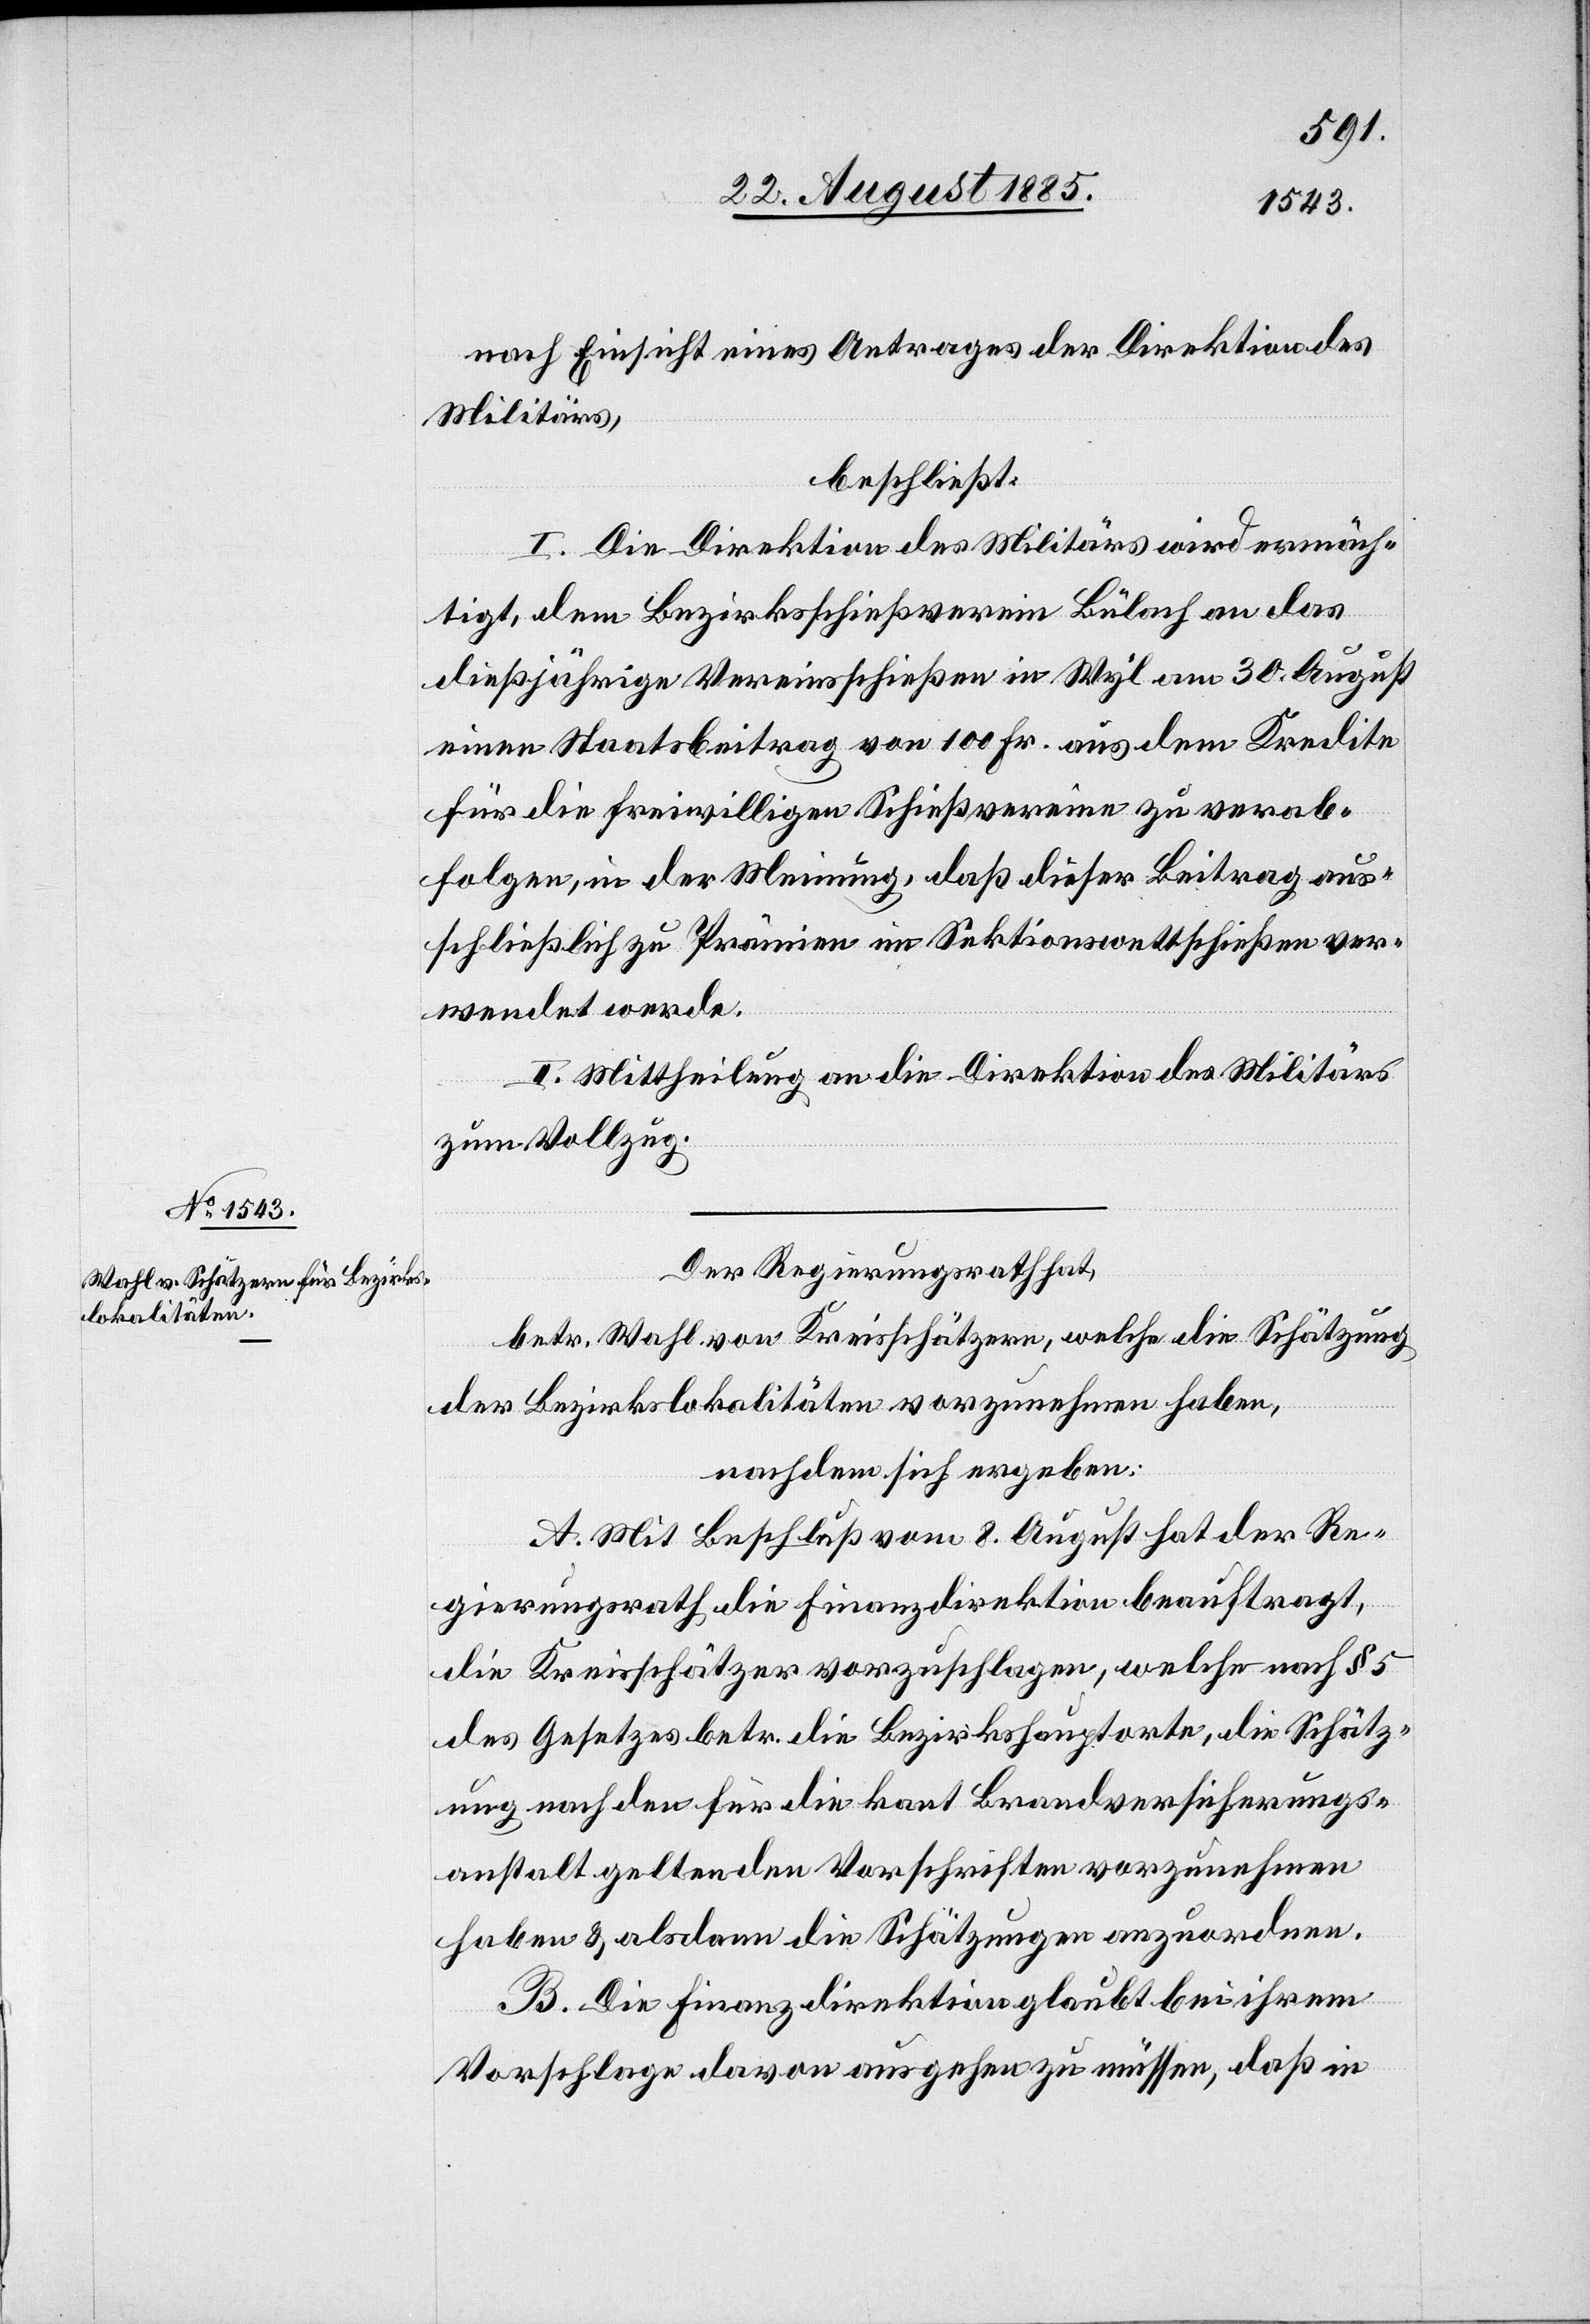
nach Einsicht eines Antrages der Direktion des
Militärs,
beschließt:
I. Die Direktion des Militärs wird ermäch¬
tigt, dem Bezirksschießverein Bülach an das
dießjährige Vereinsschießen in Wyl am 30. August
einen Staatsbeitrag von 100 Fr. aus dem Kredite
für die freiwilligen Schießvereine zu verab¬
folgen, in der Meinung, daß dieser Beitrag aus¬
schließlich zu Prämien im Sektionswettschießen ver¬
wendet werde.
II. Mittheilung an die Direktion des Militärs
zum Vollzug.
Der Regierungsrath hat,
betr. Wahl von Kreisschätzern, welche die Schätzung
der Bezirkslokalitäten vorzunehmen haben,
nachdem sich ergeben:
A. Mit Beschluß vom 8. August hat der Re¬
gierungsrath die Finanzdirektion beauftragt,
die Kreisschätzer vorzuschlagen, welche nach § 5
des Gesetzes betr. die Bezirkshauptorte, die Schätz¬
ung nach den für die kant. Brandversicherungs¬
anstalt geltenden Vorschriften vorzunehmen
haben & alsdann die Schätzungen anzuordnen.
B. Die Finanzdirektion glaubt bei ihrem
Vorschlage davon ausgehen zu müssen, daß in